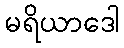
မရိယာဒေါ